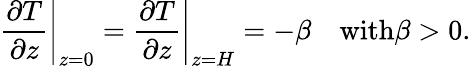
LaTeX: \left.\frac{\partial T}{\partial z}\right|_{z=0}=\left.\frac{\partial T}{\partial z}\right|_{z=H}=-\beta\quad\textrm{with}\beta>0.